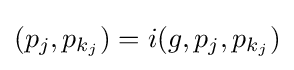
(p_{j},p_{k_{j}})=i(g,p_{j},p_{k_{j}})